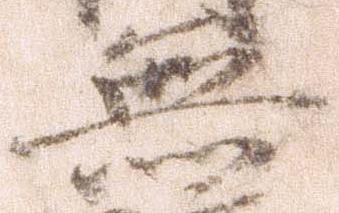
無